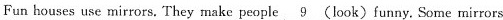
Fun houses use mirrors. They make people \underline{9} (look) funny. Some mirrors